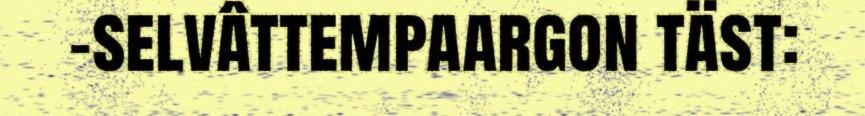
-selvâttempaargon täst: